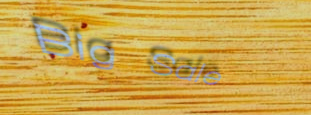
Big Sale